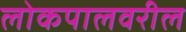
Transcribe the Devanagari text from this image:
लोकपालवरील